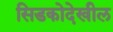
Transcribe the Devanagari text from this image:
सिडकोदेखील